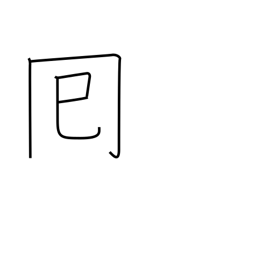
Meaning: round